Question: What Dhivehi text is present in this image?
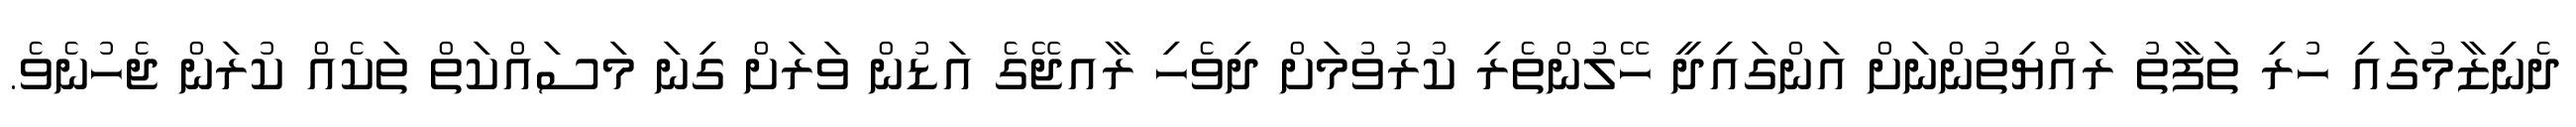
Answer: ދެނިޒާމުގައި ހުރި ތަފާތު ރައްޔިތުންނަށް އަންގައިދީ ހޭލުންތެރި ކުރުވުމަށް ދިވެހި ރާއޖޭގެ އަޑުން ވަރަށް ގިނަ މަސައްކަތް ތަކެއް ކުރަން ޖެހުނެވެ.